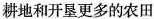
耕地和开垦更多的农田